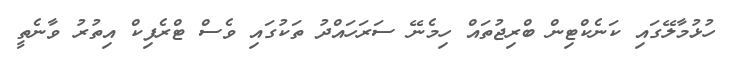
ހުޅުމާލޭގައި ކަނެކްޓިން ބްރިޖުތައް ހިމެނޭ ސަރަހައްދު ތަކުގައި ވެސް ޓްރެފިކް އިތުރު ވާނެތީ